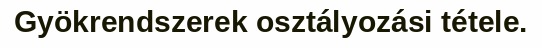
Gyökrendszerek osztályozási tétele.